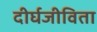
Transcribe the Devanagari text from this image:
दीर्घजीविता